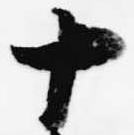
十